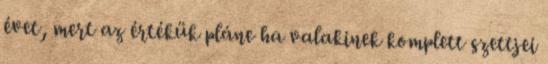
évet, mert az értékük pláne ha valakinek komplett szettjei